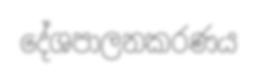
දේශපාලනකරණය